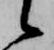
候